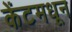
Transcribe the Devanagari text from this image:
केंटमधून